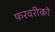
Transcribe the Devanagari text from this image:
फरवरीको